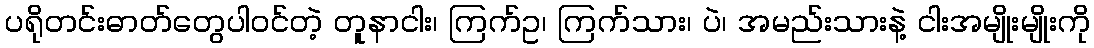
ပရိုတင်းဓာတ်တွေပါဝင်တဲ့ တူနာငါး၊ ကြက်ဥ၊ ကြက်သား၊ ပဲ၊ အမည်းသားနဲ့ ငါးအမျိုးမျိုးကို